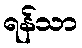
ရန်သာ